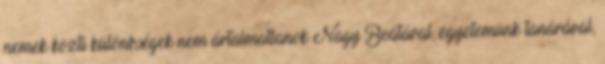
nemek közti különbségek nem ártalmatlanok Nagy Beátával, egyetemünk tanárával,